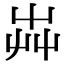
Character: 芔